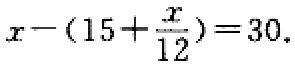
\(x - (15+\frac{x}{12}) = 30\)